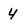
Character: 4